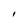
Character: I